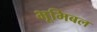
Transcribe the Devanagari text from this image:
भूमिबल